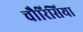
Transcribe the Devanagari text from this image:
चौरिसिया